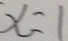
x = 1